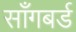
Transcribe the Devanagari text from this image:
साँगबर्ड